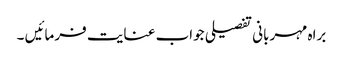
براہ مہربانی تفصیلی جواب عنایت فرمائیں ۔